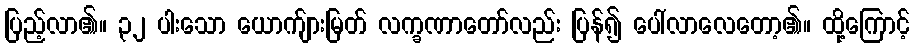
ပြည့်လာ၏။ ၃၂ ပါးသော ယောက်ျားမြတ် လက္ခဏာတော်လည်း ပြန်၍ ပေါ်လာလေတော့၏။ ထို့ကြောင့်